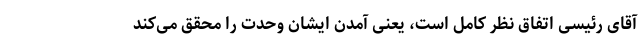
آقای رئیسی اتفاق نظر کامل است، یعنی آمدن ایشان وحدت را محقق می‌کند